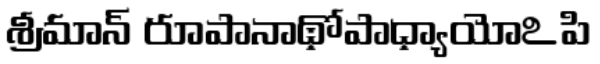
శ్రీమాన్ రూపానాథోపాధ్యాయోఽపి